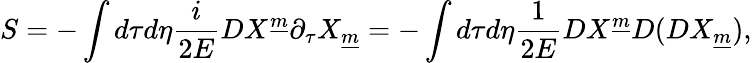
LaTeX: S=-\int d\tau d\eta{\frac{i}{2E}}DX^{\underline{{m}}}\partial_{\tau}X_{\underline{{m}}}=-\int d\tau d\eta{\frac{1}{2E}}DX^{\underline{{m}}}D(DX_{\underline{{m}}}),